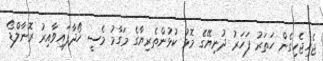
ޖެހިޖެހިގެން ހަތަރު ފަހަރު ދުނިޔޭގެ މޮޅު ކުޅުންތެރިޔާގެ މަގާމު މެސީ ހޯދާފައިވާއިރު ރޮނާލްޑޯ